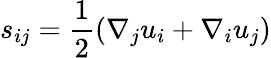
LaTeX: s_{ij}=\frac{1}{2}(\nabla_{j}u_{i}+\nabla_{i}u_{j})